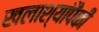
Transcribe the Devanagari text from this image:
खलाश्यांपैकी